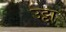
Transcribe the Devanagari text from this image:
उट्ठा